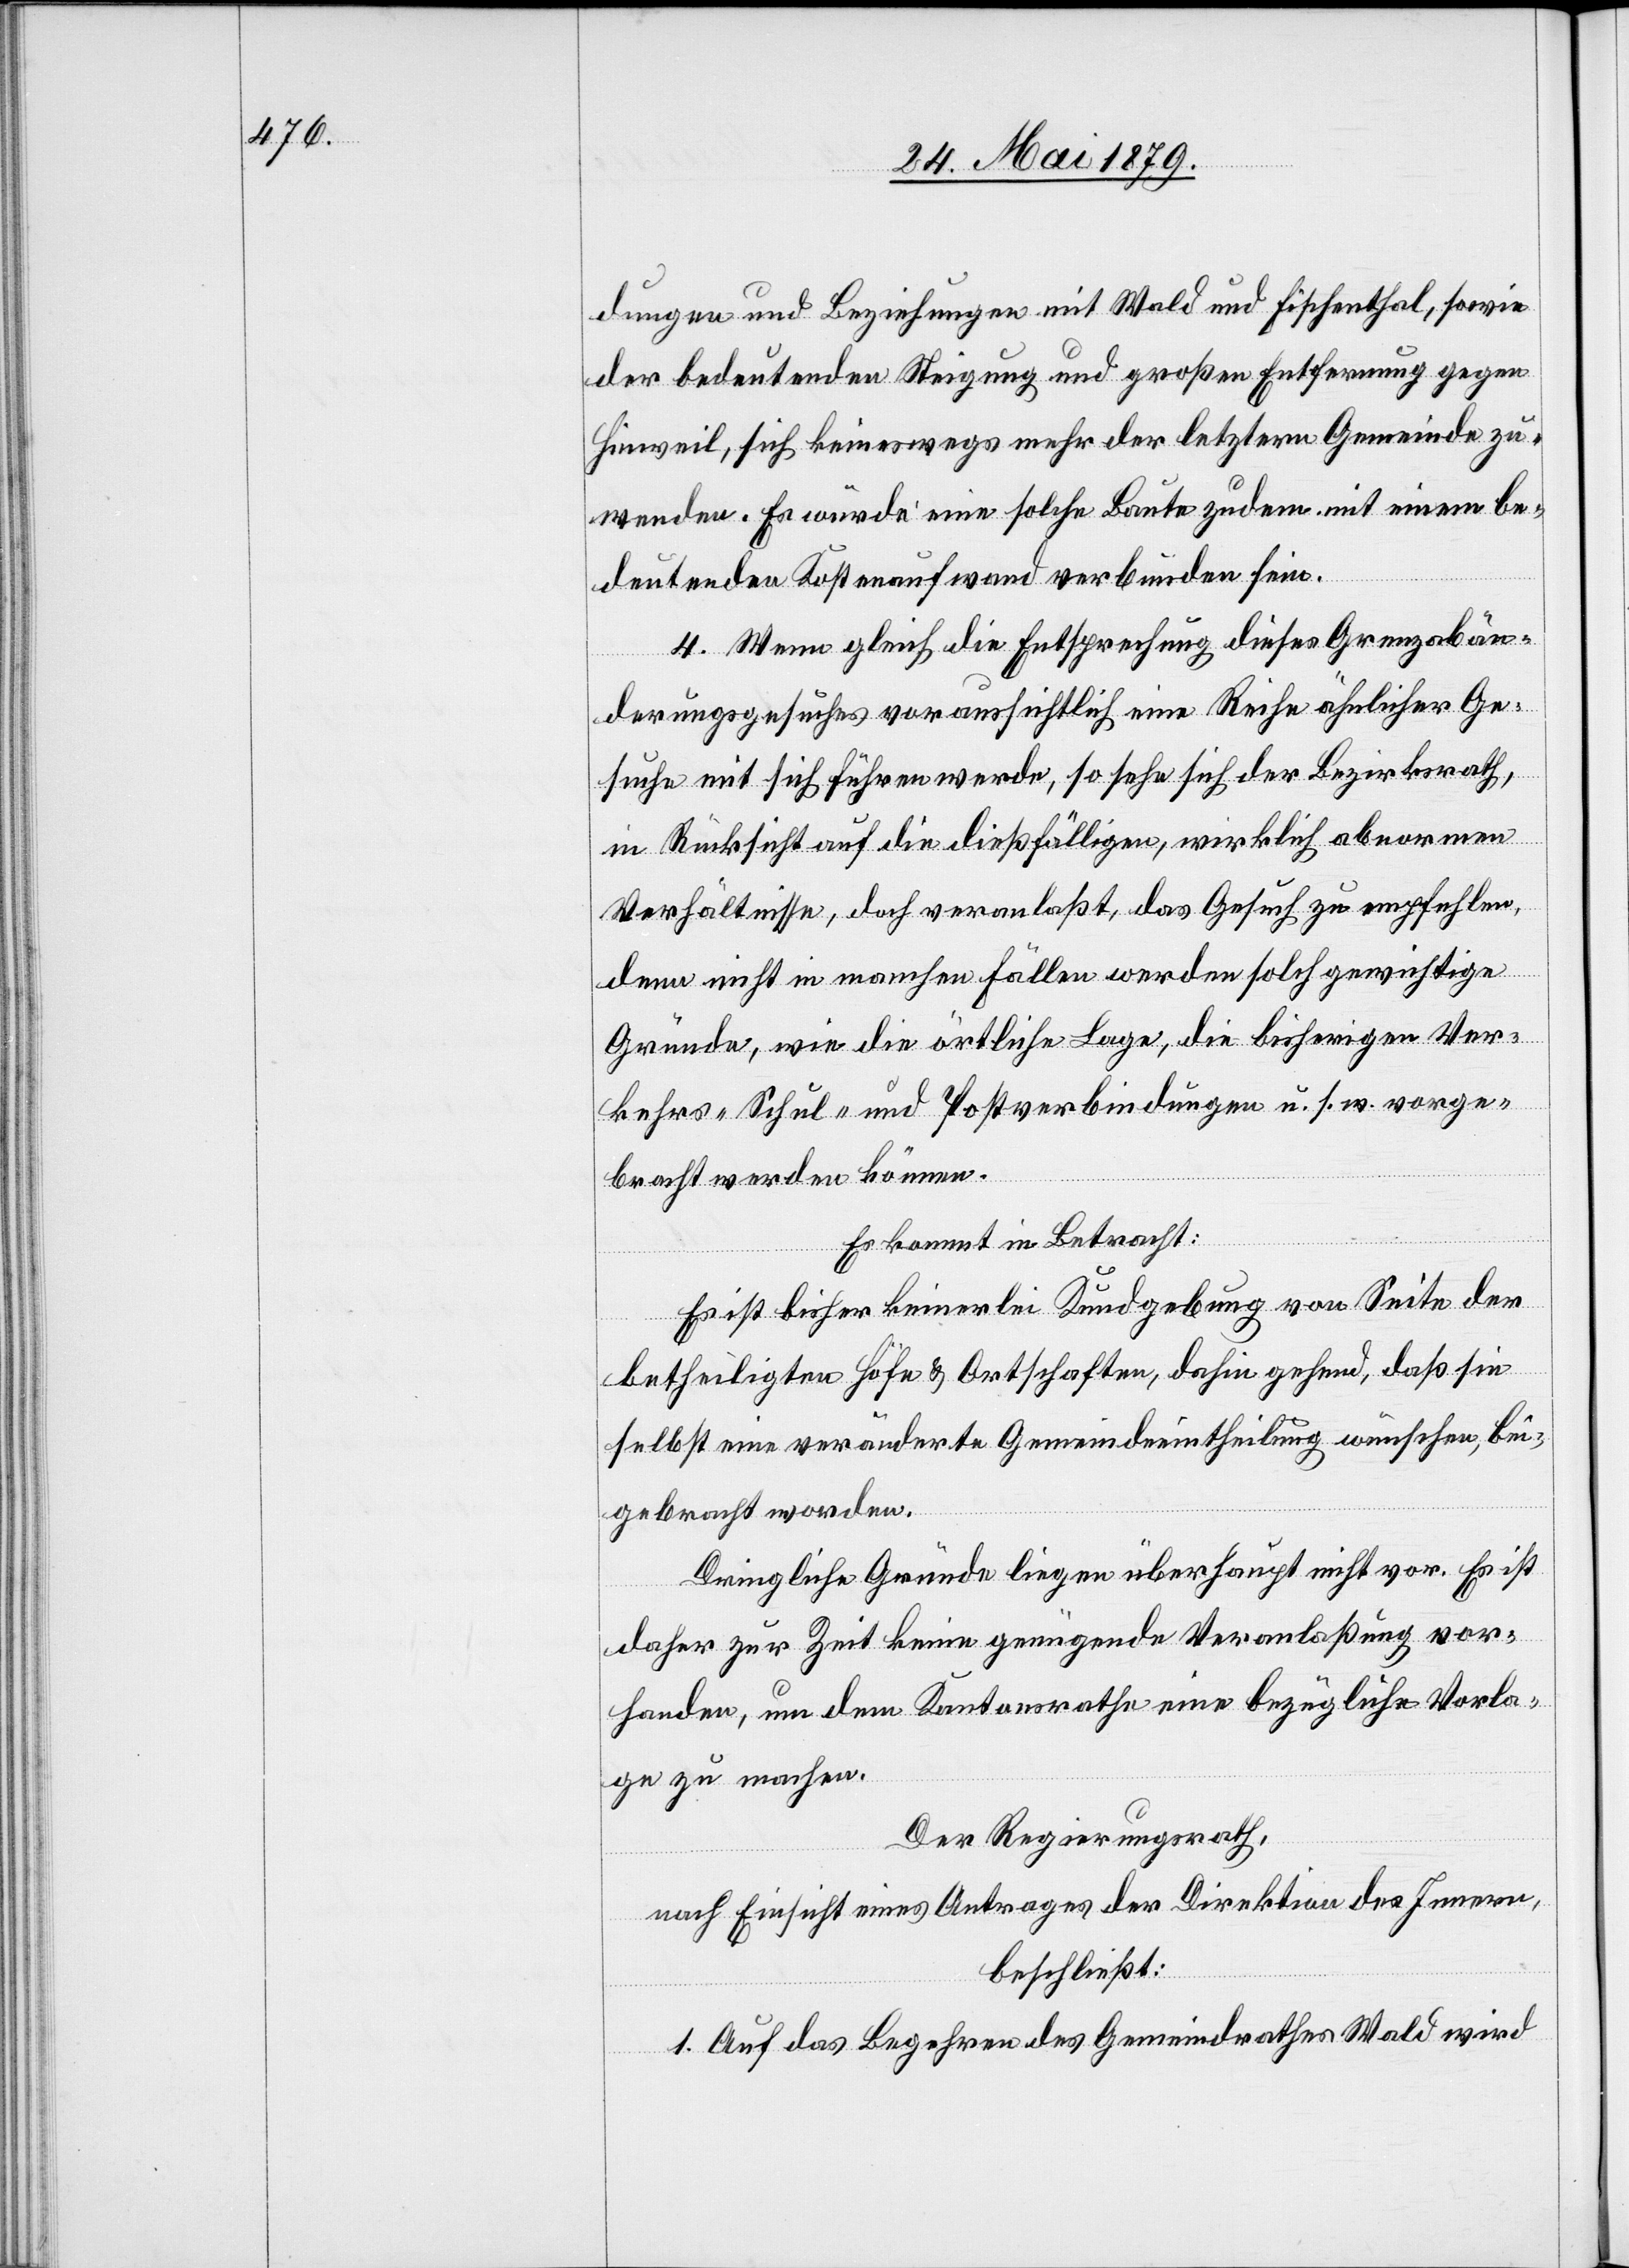
dungen und Beziehungen mit Wald und Fischenthal, sowie
der bedeutenden Steigung und großen Entfernung gegen
Hinweil, sich keineswegs mehr der letztern Gemeinde zu¬
wenden. Es würde eine solche Baute zudem mit einem be¬
deutenden Kostenaufwand verbunden sein.
4. Wenn gleich die Entsprechung dieses Grenzabän¬
derungsgesuches voraussichtlich eine Reihe ähnlicher Ge¬
suche mit sich führen werde, so sehe sich der Bezirksrath,
in Rücksicht auf die dießfälligen, wirklich abnormen
Verhältnisse, doch veranlaßt, das Gesuch zu empfehlen,
denn nicht in manchen Fällen werden solch gewichtige
Gründe, wie die örtliche Lage, die bisherigen Ver¬
kehrs- Schul- und Postverbindungen u. s. w. vorge¬
bracht werden können.
Es kommt in Betracht:
Es ist bisher keinerlei Kundgebung von Seite der
betheiligten Höfe & Ortschaften, dahin gehend, daß sie
selbst eine veränderte Gemeindeeintheilung wünschen, bei¬
gebracht worden.
Dringliche Gründe liegen überhaupt nicht vor. Es ist
daher zur Zeit keine genügende Veranlaßung vor¬
handen, um dem Kantonsrathe eine bezügliche Vorla¬
ge zu machen.
Der Regierungsrath,
nach Einsicht eines Antrages der Direktion des Innern,
beschließt:
1. Auf das Begehren des Gemeindrathes Wald wird